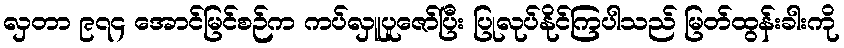
လှတာ ၉၇၄ အောင်မြင်စဉ်က ကပ်လှူပူဇော်ပြီး ပြုလုပ်နိုင်ကြပါသည် မြတ်ထွန်းခါးကို